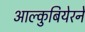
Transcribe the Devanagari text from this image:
आल्कुबियेरने